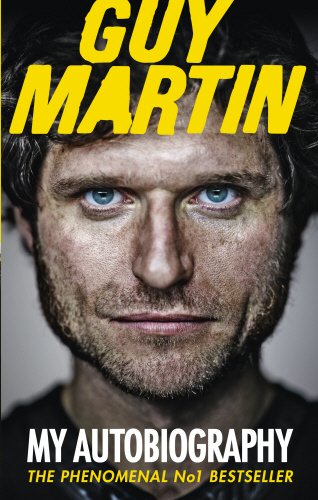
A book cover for Guy Martin: My Autobiography; Guy Martin; Sports & Outdoors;